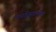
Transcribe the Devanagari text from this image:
राघवेंद्रस्वामींच्या